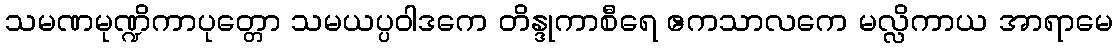
သမဏမုဏ္ဍိကာပုတ္တော သမယပ္ပဝါဒကေ တိန္ဒုကာစီရေ ဧကသာလကေ မလ္လိကာယ အာရာမေ